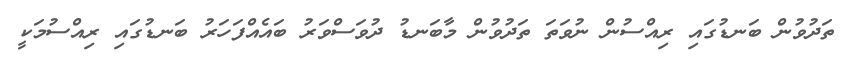
ތަދުވުން ބަނޑުގައި ރިއްސުން ނުވަތަ ތަދުވުން މާބަނޑު ދުވަސްވަރު ބައެއްފަހަރު ބަނޑުގައި ރިއްސުމަކީ